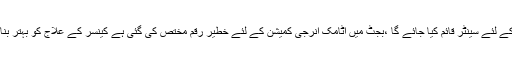
پاکستان کے مختلف تہذیبوں کے فروغ کے لئے سینٹر قائم کیا جائے گا ،بجٹ میں اٹامک انرجی کمیشن کے لئے خطیر رقم مختص کی گئی ہے کینسر کے علاج کو بہتر بنانے کے لیے خطیر فنڈز دیئے گئے ہیں۔